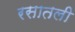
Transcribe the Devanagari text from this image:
रसातली